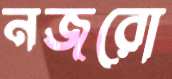
নজরো